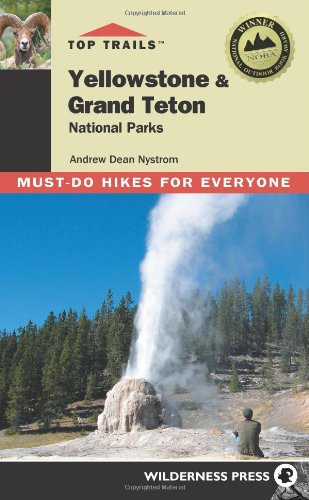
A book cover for Top Trails Yellowstone & Grand Teton National Parks: Must-do Hikes for Everyone; Andrew Dean Nystrom; Travel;